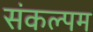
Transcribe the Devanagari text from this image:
संकल्पम